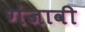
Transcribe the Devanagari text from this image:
गंजावी